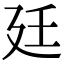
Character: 廷